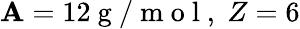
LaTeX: \mathbf{A}=12{\mathrm{{~g~/~m~o~l~}}},\; Z=6